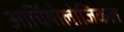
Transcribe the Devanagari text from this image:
आर्चियोलोजिकल